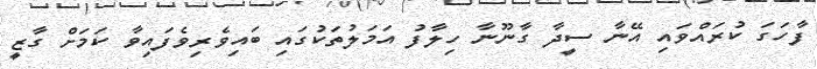
ފާހަގަ ކުރައްވައި އޭނާ ސީދާ ގާނޫނާ ހިލާފު އަމަލުތަކުގައި ބައިވެރިވެފައިވާ ކަމަށް ގާޒީ